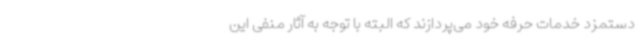
دستمزد خدمات حرفه خود می‌پردازند که البته با توجه به آثار منفی این